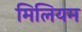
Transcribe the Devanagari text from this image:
मिलियम